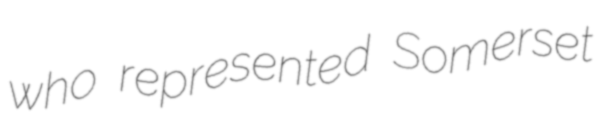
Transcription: who represented Somerset